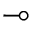
\multimap